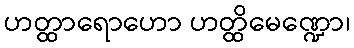
ဟတ္ထာရောဟော ဟတ္ထိမေဏ္ဍော၊